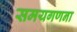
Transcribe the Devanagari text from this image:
समयगणना